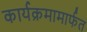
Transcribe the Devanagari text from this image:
कार्यक्रमामार्फत